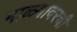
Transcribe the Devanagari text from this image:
माळ्यावरची